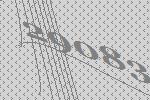
29083